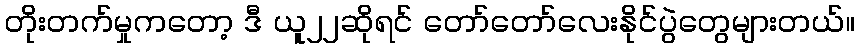
တိုးတက်မှုကတော့ ဒီ ယူ၂၂ဆိုရင် တော်တော်လေးနိုင်ပွဲတွေများတယ်။